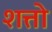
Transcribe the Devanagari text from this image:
शत्तो